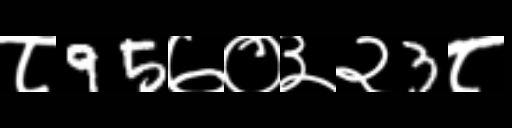
Text: ८95७०३२3८